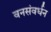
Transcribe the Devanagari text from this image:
वनसंवर्धन